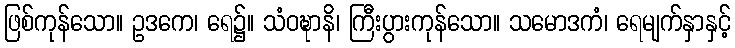
ဖြစ်ကုန်သော။ ဥဒကေ၊ ရေ၌။ သံဝဍ္ဎာနိ၊ ကြီးပွားကုန်သော။ သမောဒကံ၊ ရေမျက်နှာနှင့်